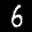
Label: 6